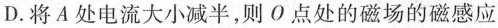
D.将A处电流大小减半，则О点处的磁场的磁感应